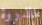
الذروة